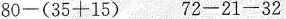
80-(35+15) 72-21-32